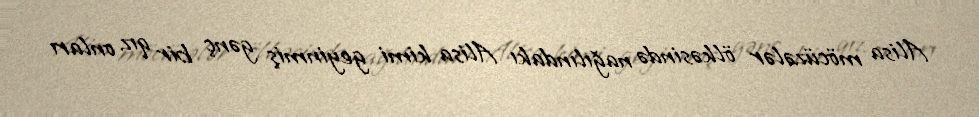
Alisa möcüzələr ölkəsində nağılındakı Alisa kimi geyinmiş gənç bir qız onları